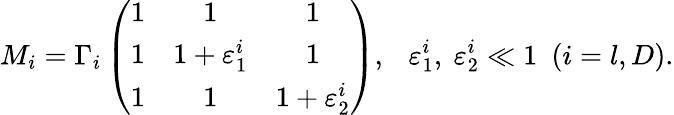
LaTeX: M_{i}=\Gamma_{i}\left(\begin{array}{ccc}{{1}}&{{1}}&{{1}}\\ {{1}}&{{1+\varepsilon_{1}^{i}}}&{{1}}\\ {{1}}&{{1}}&{{1+\varepsilon_{2}^{i}}}\end{array}\right),\ \ \ \varepsilon_{1}^{i},\ \varepsilon_{2}^{i}\ll 1\ \ (i=l,D).